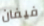
فيفان